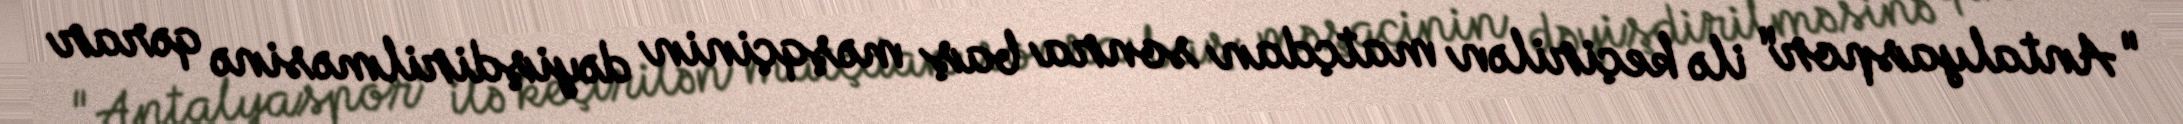
"Antalyaspor" ilə keçirilən matçdan sonra baş məşqçinin dəyişdirilməsinə qərar